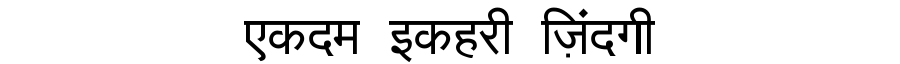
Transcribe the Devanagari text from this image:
एकदम इकहरी ज़िंदगी